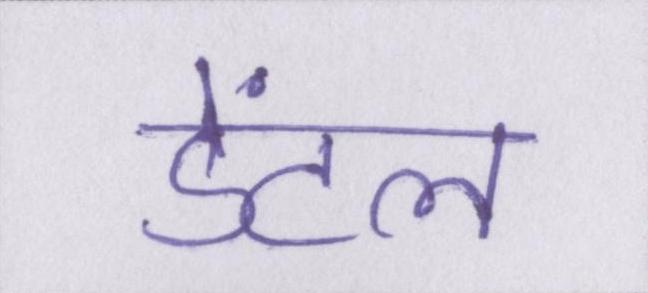
डेंटल